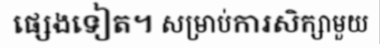
ផ្សេងទៀត។ សម្រាប់ការសិក្សាមួយ